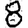
Digit: 8